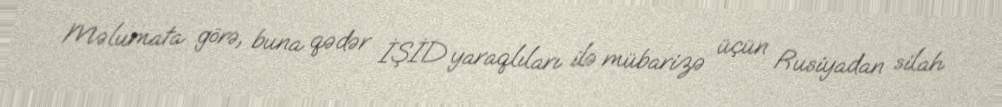
Məlumata görə, buna qədər İŞİD yaraqlıları ilə mübarizə üçün Rusiyadan silah